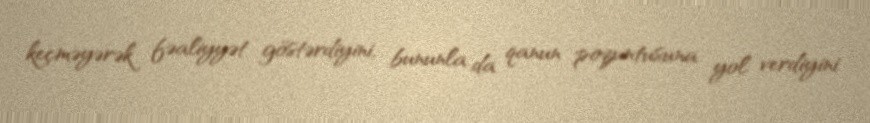
keçməyərək fəaliyyət göstərdiyini, bununla da qanun pozuntusuna yol verdiyini